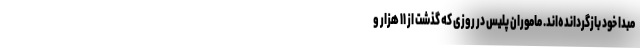
مبدا خود بازگردانده‌اند. ماموران پلیس در روزی که گذشت از ۱۱ هزار و